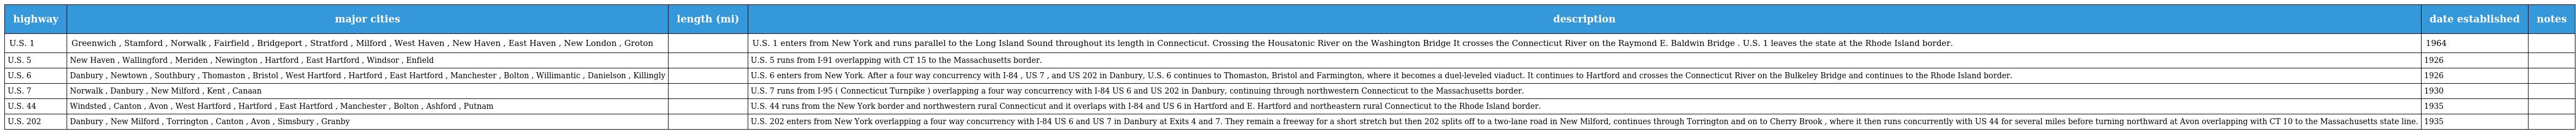
| highway | major cities | length (mi) | description | date established | notes |
 | --- | --- | --- | --- | --- | --- |
 | U.S. 1 | Greenwich , Stamford , Norwalk , Fairfield , Bridgeport , Stratford , Milford , West Haven , New Haven , East Haven , New London , Groton |  | U.S. 1 enters from New York and runs parallel to the Long Island Sound throughout its length in Connecticut. Crossing the Housatonic River on the Washington Bridge It crosses the Connecticut River on the Raymond E. Baldwin Bridge . U.S. 1 leaves the state at the Rhode Island border. | 1964 |  |
 | U.S. 5 | New Haven , Wallingford , Meriden , Newington , Hartford , East Hartford , Windsor , Enfield |  | U.S. 5 runs from I-91 overlapping with CT 15 to the Massachusetts border. | 1926 |  |
 | U.S. 6 | Danbury , Newtown , Southbury , Thomaston , Bristol , West Hartford , Hartford , East Hartford , Manchester , Bolton , Willimantic , Danielson , Killingly |  | U.S. 6 enters from New York. After a four way concurrency with I-84 , US 7 , and US 202 in Danbury, U.S. 6 continues to Thomaston, Bristol and Farmington, where it becomes a duel-leveled viaduct. It continues to Hartford and crosses the Connecticut River on the Bulkeley Bridge and continues to the Rhode Island border. | 1926 |  |
 | U.S. 7 | Norwalk , Danbury , New Milford , Kent , Canaan |  | U.S. 7 runs from I-95 ( Connecticut Turnpike ) overlapping a four way concurrency with I-84 US 6 and US 202 in Danbury, continuing through northwestern Connecticut to the Massachusetts border. | 1930 |  |
 | U.S. 44 | Windsted , Canton , Avon , West Hartford , Hartford , East Hartford , Manchester , Bolton , Ashford , Putnam |  | U.S. 44 runs from the New York border and northwestern rural Connecticut and it overlaps with I-84 and US 6 in Hartford and E. Hartford and northeastern rural Connecticut to the Rhode Island border. | 1935 |  |
 | U.S. 202 | Danbury , New Milford , Torrington , Canton , Avon , Simsbury , Granby |  | U.S. 202 enters from New York overlapping a four way concurrency with I-84 US 6 and US 7 in Danbury at Exits 4 and 7. They remain a freeway for a short stretch but then 202 splits off to a two-lane road in New Milford, continues through Torrington and on to Cherry Brook , where it then runs concurrently with US 44 for several miles before turning northward at Avon overlapping with CT 10 to the Massachusetts state line. | 1935 |  |